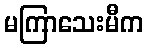
မကြာသေးမီက